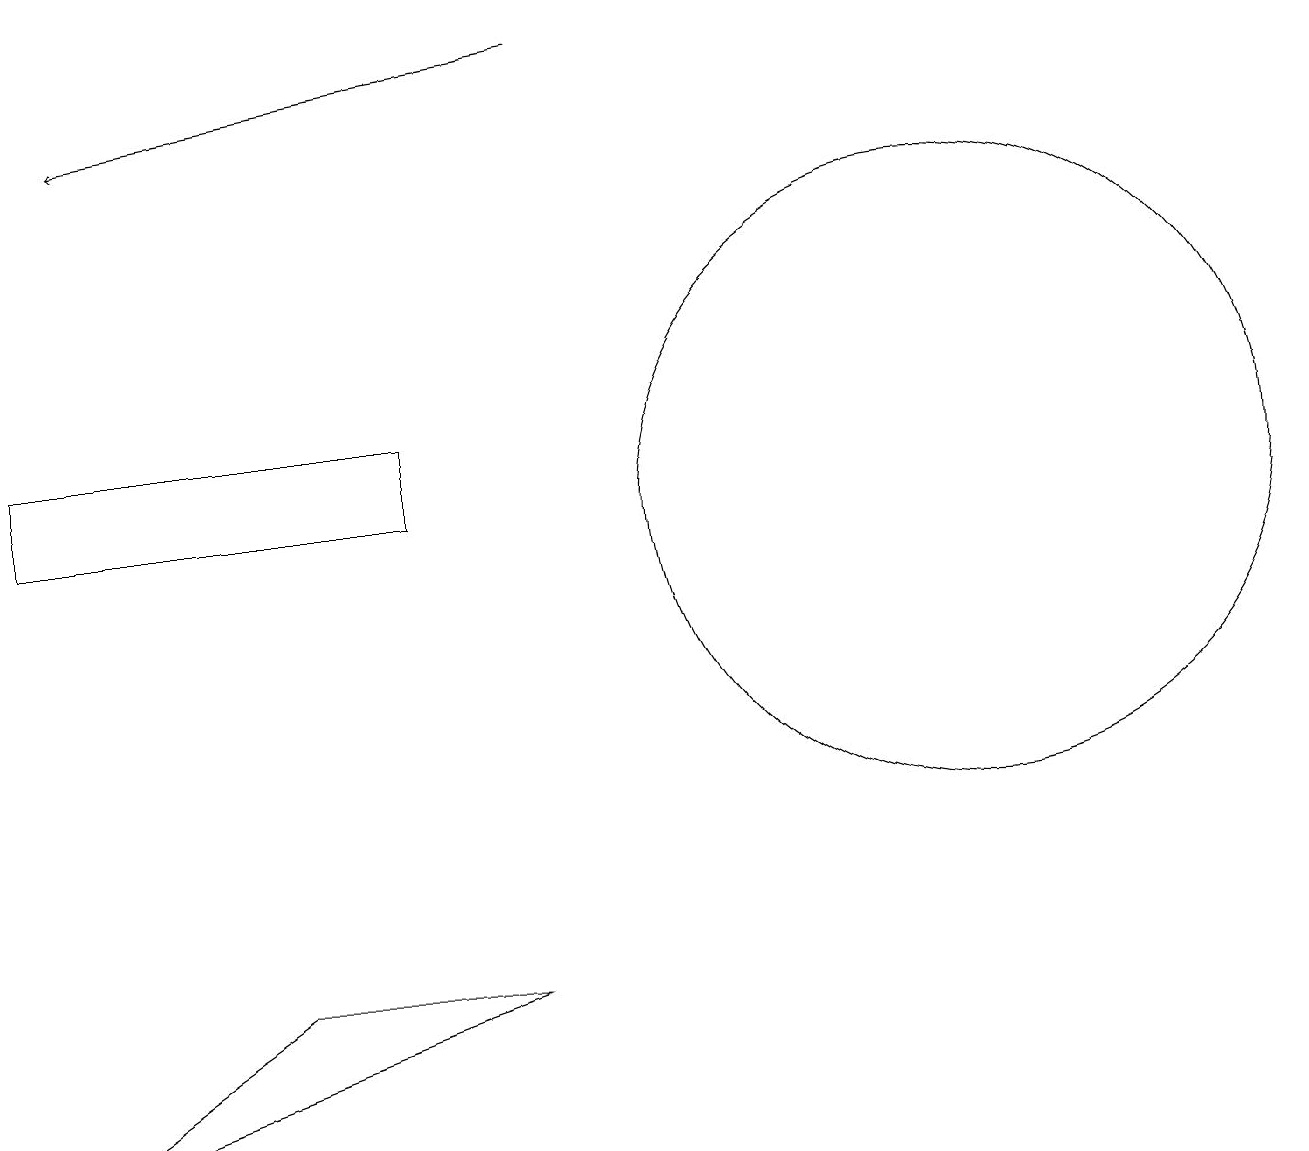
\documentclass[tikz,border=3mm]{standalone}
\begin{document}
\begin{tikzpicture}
\draw (12,10) circle (4);
\draw (3,4) -- (6,4) -- (0,2) -- cycle;
\draw[->] (7,16) -- (1,15);
\draw (5,11) rectangle (0,10);
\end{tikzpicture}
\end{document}